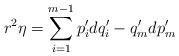
\begin{align*}r^2\eta = \sum_{i=1}^{m-1}p_i'dq_i'-q_m'dp_m' \end{align*}